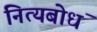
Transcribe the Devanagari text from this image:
नित्यबोधं